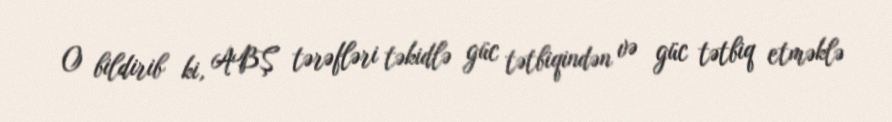
O bildirib ki, ABŞ tərəfləri təkidlə güc tətbiqindən və güc tətbiq etməklə